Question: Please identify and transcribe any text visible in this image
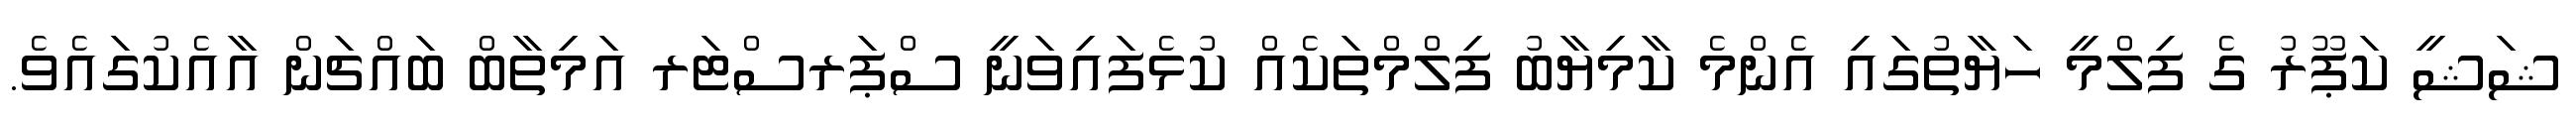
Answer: ޝަޝީ ކަޕޫރު ގެ ފިލްމީ ހަޔާތުގައި އެންމެ ކާމިޔާބު ފިލްމްތަކެއް ކުޅެފައިވަނީ ސްޕަރސްޓަރ އަމިތާބް ބައްޗަން އާއެކުގައެވެ.